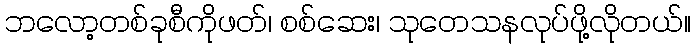
ဘလော့တစ်ခုစီကိုဖတ်၊ စစ်ဆေး၊ သုတေသနလုပ်ဖို့လိုတယ်။